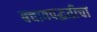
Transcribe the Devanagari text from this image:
बचावपद्धतीचा